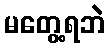
မတွေ့ရဘဲ